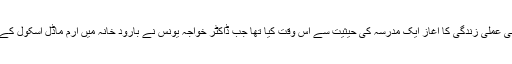
مرحومہ ڈاکٹر شہناز بانو نے اپنی عملی زندگی کا آغاز ایک مدرسّہ کی حیثیت سے اس وقت کیا تھا جب ڈاکٹر خواجہ یونس نے بارود خانہ میں ارم ماڈل اسکول کے نام سے ایک اسکول کھولا تھا ۔